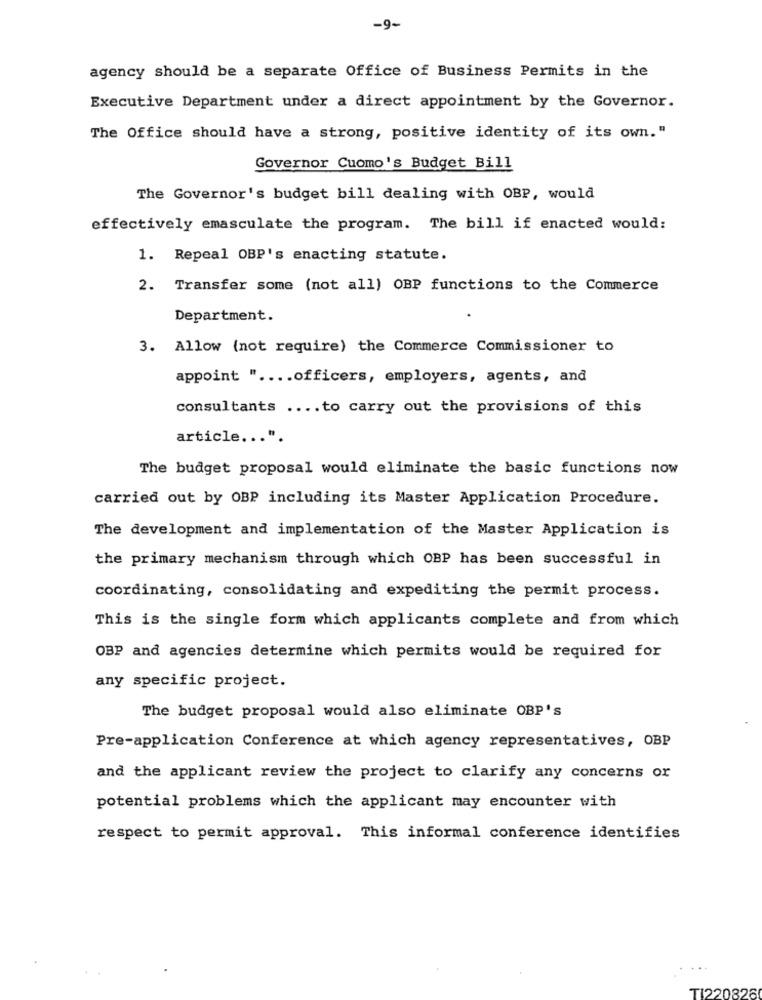
-9-
agency should be a separate Office of Business Permits in the
Executive Department under a direct appointment by the Governor.
The Office should have a strong, positive identity of its own."
Governor Cuomo's Budget Bill
The Governor's budget bill dealing with OBP, would
effectively emasculate the program. The bill if enacted would:
1. Repeal OBP's enacting statute.
2. Transfer some (not all) OBP functions to the Commerce
Department.
3. Allow (not require) the Commerce Commissioner to
appoint " .... officers, employers, agents, and
consultants .... to carry out the provisions of this
article ... ".
The budget proposal would eliminate the basic functions now
carried out by OBP including its Master Application Procedure.
The development and implementation of the Master Application is
the primary mechanism through which OBP has been successful in
coordinating, consolidating and expediting the permit process.
This is the single form which applicants complete and from which
OBP and agencies determine which permits would be required for
any specific project.
The budget proposal would also eliminate OBP's
Pre-application Conference at which agency representatives, OBP
and the applicant review the project to clarify any concerns or
potential problems which the applicant may encounter with
respect to permit approval. This informal conference identifies
TI220826